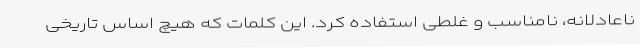
ناعادلانه، نامناسب و غلطی استفاده کرد. این کلمات که هیچ اساس تاریخی